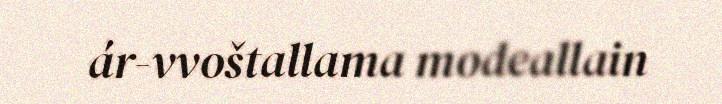
ár-vvoštallama modeallain